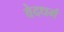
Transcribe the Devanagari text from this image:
वेदधर्म